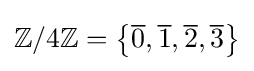
\mathbb {Z} /4\mathbb {Z} =\left\{{\overline {0}},{\overline {1}},{\overline {2}},{\overline {3}}\right\}